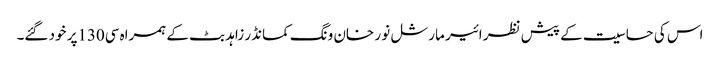
اس کی حساسیت کے پیش نظر ائیر مارشل نو ر خان ونگ کمانڈر زاہد بٹ کے ہمراہ سی130پر خود گئے۔